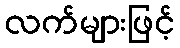
လက်များဖြင့်